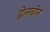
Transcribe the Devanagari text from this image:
ह्वेलबीन